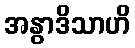
အနွာဒိသာဟိ